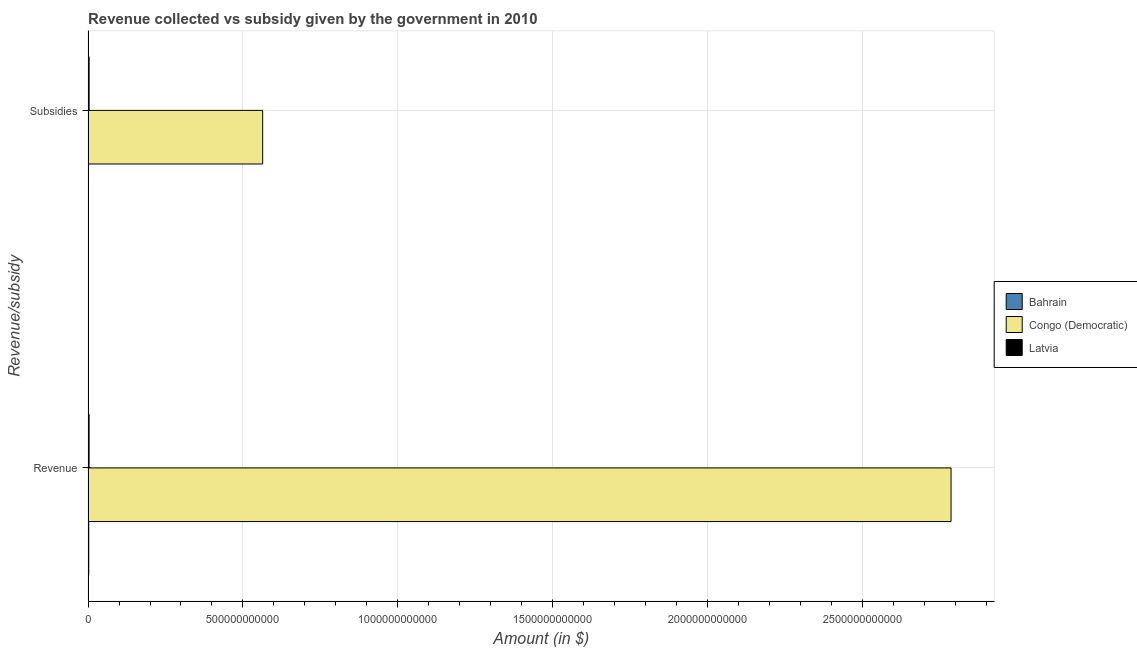
| Revenue/subsidy | Bahrain | Congo (Democratic) | Latvia |
 | --- | --- | --- | --- |
 | Revenue | 2.15e+09 | 2.79e+12 | 3.18e+09 |
 | Subsidies | 6.04e+08 | 5.64e+11 | 3.26e+09 |